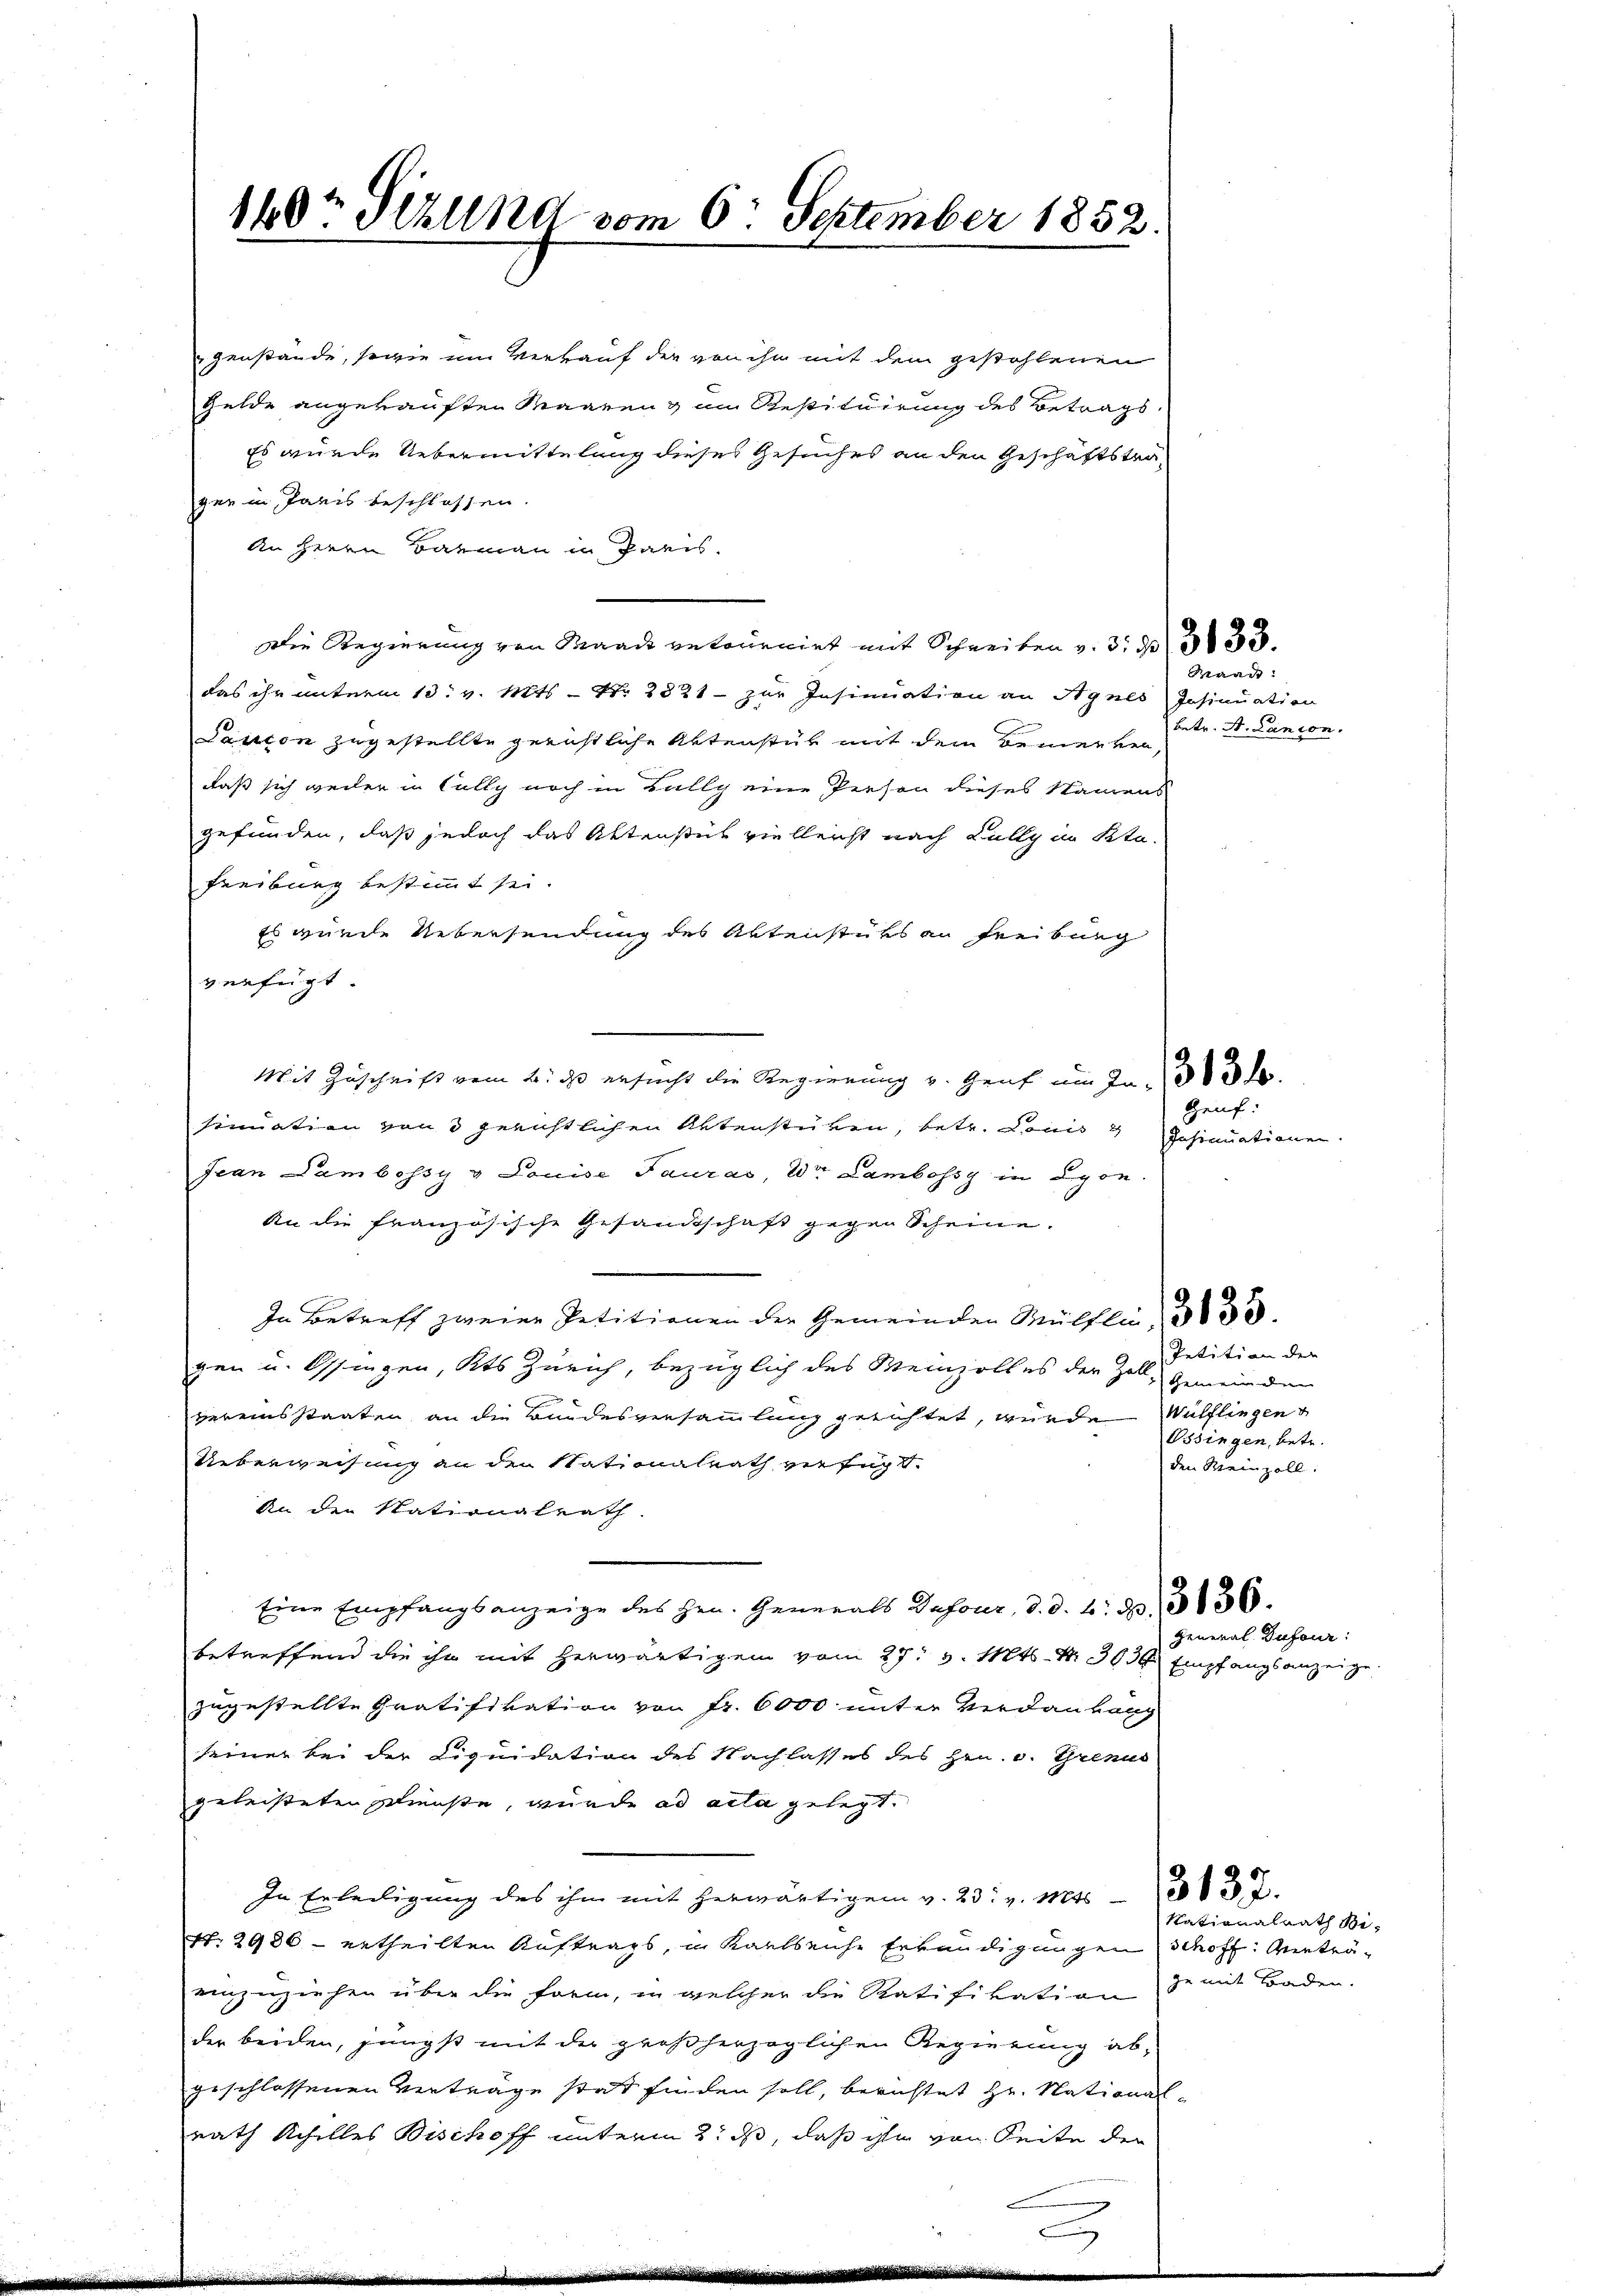
160t Sekund vom 6. September 1852.

genstände, sowie im Verkauf der von ihn mit dem gestohlenen
Gelde angekauften Maareng im Restituirung des Betrags
Es wurde Uebermittelung dieses Gesuches an den Geschäftstragen in Paris beschlossen.
An Herrn Batmann in Paris.
Die Regierung von Waadt retournirt mit Schreiben v. 3. 4530.
das ihr unterm 13. v. Mts. – Nr. 2821 - zur Insinuation an Agnes Insinuation
Panton zugestellte gerichtliche Aktenstück mit dem Bemerken,
daß sich weder in Colly noch in Bally eine Person dieses Namens
gefunden, daß jedoch das Aktensich vielleicht nach Kully im Kta.
Freiburg bestimmt sei.
Es wurde Uebersendung des Aktenstüks an Freiburg
verfügt
Mit Zuschrift vom 2. ds ersucht die Regierung v. Graf am Fr. 3 de
sinuation von 3 gerichtlichen Aktenstüken, betr. Louis
Jean Lambossy v Louise Tauras, Dr. Lambossy in Lyon.
An die französische Gesandtschaft gegen Scheine.
In Betreff zweier Petitionen der Gemeinden Wülflin 333.
gen u. Ossingen, Kts Zürich, bezüglich des Meinzolles der Zoll-
vereinsstaaten an die Bundesversammlung gerichtet, wurde Wülfliegen
Ueberweisung an den Stationalrath versagt.
An den Nationalrath.
Eine Empfangsanzeige des Hrn. Generals Dufour, d. d. 4. d. 13136.
betreffend die ihn mit herwärtigen vom 27. v. Mts. S. 303 Empfangsanzeige
zugestellte Gratifikation von Fr. 6000 unter Verdankeng
seiner bei der Liquidation des Nachlasses des Hrn. v. Grenus
geleisteten Ministe, wurde ad acta gelegt.
In Erledigung des ihm mit herwärtigen v. 23. v. Mts. 332.
Nr. 2986 - ertheilten Auftrags, in Karleiche Erkundigungen schoff: Anträeinzuziehen über die Form, in welcher die Ratifikation de mit Baden.
der beiden, jüngst mit der großherzoglichen Regierung abgeschlossenen Verträge statt finden soll, berichtet Hr. National-
nath Schilles Bischoff unterm 2. ds, daß ihm von Seite der
e

Insinuationen.

Waadt:
betr. A. Canton.

Geuf:

Petition der
dein ein den
Ossingen, betr.
den Meinzell.

General Dufour:

Nationalrath Bi¬